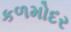
કળમોદર